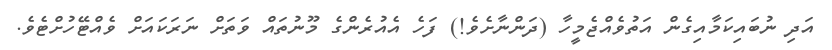
އަދި ނުބައިކަމާއިގެން އަތުވެއްޖެމީހާ (ދަންނާށެވެ!) ފަހެ އެއުރެންގެ މޫނުތައް ވަތަށް ނަރަކައަށް ވެއްޓޭހުށްޓެވެ.